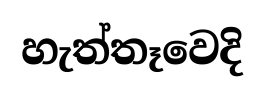
හැත්තෑවෙදි